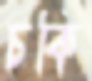
চকি